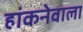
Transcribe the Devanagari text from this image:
हांकनेवाला